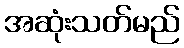
အဆုံးသတ်မည်